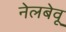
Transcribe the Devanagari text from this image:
नेलबेवू